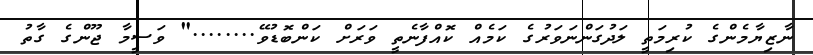
ނާޒިޔާމެންގެ ކުރިމަތީ ލަދުގަންނަވަރުގެ ކަމެއް ކޮއްފާނެތީ ވަރަށް ކަންބޮޑުވޭ........" ވަސީމާ ޖޫންގެ ގާތު